Sanitation, dispensaries and jails vaccination Rajputana 1922-1927 - 1922-1927
Year: 1922
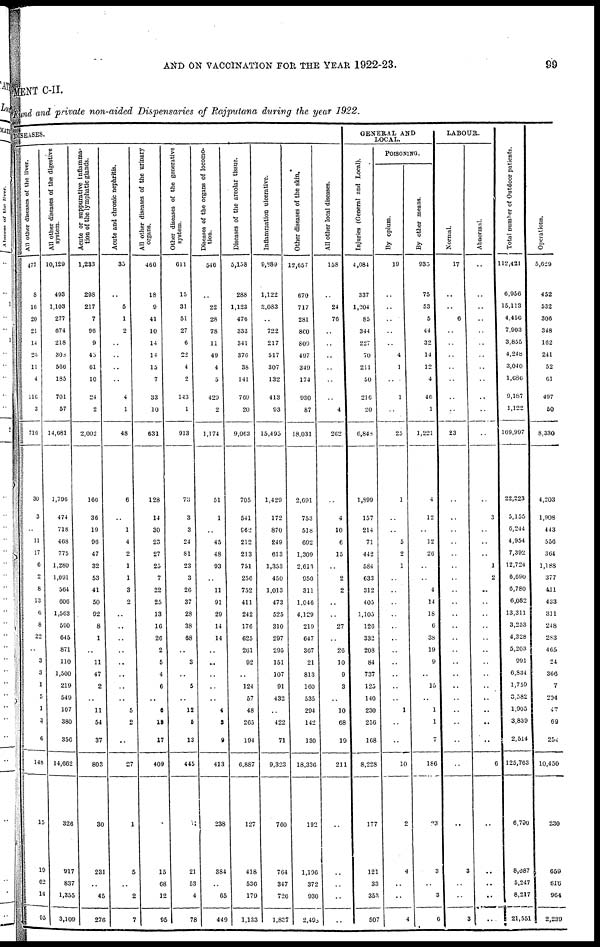
AND ON VACCINATION FOR THE YEAR 1922-23.
99
MENT C-II.
Fund and private non-aided Dispensaries of Rajputana during the year 1922.
DISEASES.
All other diseases of the liver.
477
8
16
20
21
14
26
11
4
116
3
716
30
3
..
11
17
6
2
6
13
6
8
22
..
3
3
1
5
1
3
6
148
15
19
62
14
95
All other diseases of the digestive
system.
10,129
493
1,103
277
674
218
308
566
185
701
57
14,681
1,796
474
718
468
775
1,280
1,091
504
606
1,563
590
645
871
110
1,500
219
549
107
380
356
14,662
326
917
837
1,355
3,109
Acute or suppurative Inflamma-
tion of the lymphatic glands.
1,233
298
217
7
96
9
45
61
10
24
2
2,002
166
36
19
96
47
32
53
41
50
92
8
1
..
11
47
2
..
11
54
37
803
30
231
..
45
276
Acute and chronic nephritis.
35
..
5
1
2
..
..
..
..
4
1
48
6
..
1
4
2
1
1
3
2
..
..
..
..
..
..
..
..
5
2
..
27
1
5
..
2
7
All other diseases of the urinary
organs.
460
18
9
41
10
14
14
15
7
33
10
631
128
14
30
23
27
25
7
22
25
13
16
26
2
5
4
6
..
6
18
17
409
1
15
68
12
95
Other diseases of the generative
system.
611
15
31
51
27
6
22
4
2
143
1
913
73
3
3
24
81
23
3
26
37
28
38
68
..
3
..
5
..
12
5
13
445
71
21
53
4
78
Diseases of the organs of locomo-
tion.
546
..
22
28
78
11
49
4
5
429
2
1,174
51
1
..
45
48
93
..
11
91
29
14
14
..
..
..
..
..
4
3
9
413
238
384
..
65
449
Diseases of the areolar tissue.
5,158
288
1,123
476
333
341
376
38
141
769
20
9,063
705
541
962
212
213
751
256
752
411
242
176
625
261
92
..
124
57
48
265
194
6,887
127
418
536
179
1,133
Inflammation ulcerative.
9,889
1,122
2,083
..
722
217
517
307
132
413
93
15,495
1,429
172
870
249
613
1,353
450
1,013
473
525
310
297
295
151
107
91
432
..
422
71
9,323
760
764
347
726
1,837
Other diseases of the skin.
12,657
670
717
281
860
809
497
349
174
930
87
18,031
2,691
753
518
692
1,309
2,613
950
311
1,046
4,129
219
647
367
21
813
160
535
294
142
130
18,336
192
1,196
372
930
2,495
All other local diseases.
158
..
24
76
..
..
..
..
..
..
4
262
..
4
10
6
15
..
2
2
..
..
27
..
26
10
9
3
..
10
68
19
211
..
..
..
..
..
GENERAL AND
LOCAL.
Injuries (General and Local).
4,084
337
1,204
85
344
227
70
211
50
216
20
6,848
1,899
157
214
71
442
584
633
312
405
1,105
126
332
208
84
737
125
140
230
256
168
8,228
177
121
33
353
507
POISONING.
By opium.
19
..
..
..
..
..
4
1
..
1
..
25
1
..
..
5
2
1
..
..
..
..
..
..
..
..
..
..
..
1
..
..
10
2
4
..
..
4
By other means.
935
75
53
5
44
32
14
12
4
46
1
1,221
4
12
..
12
26
..
..
4
14
18
6
38
19
9
..
15
..
1
1
7
186
23
3
..
3
6
LABOUR.
Normal.
17
..
..
6
..
..
..
..
..
..
..
23
..
..
..
..
..
..
..
..
..
..
..
..
..
..
..
..
..
..
..
..
..
..
3
..
..
3
Abnormal.
..
..
..
..
..
..
..
..
..
..
..
..
..
3
..
..
..
1
2
..
..
..
..
..
..
..
..
..
..
..
..
..
6
..
..
..
..
..
Total number of Outdoor patients.
112,421
6,956
15,113
4,456
7,903
3,855
4,248
3,040
1,686
9,187
1,122
109,997
22,223
5,155
6,244
4,954
7,392
12,724
6,690
6,780
6,082
13,311
3,253
4,328
5,203
991
6,834
1,759
3,582
1,905
3,839
2,514
125,763
6,790
8,087
5,247
8,217
21,551
Operations.
5,629
452
532
306
348
162
241
52
61
497
50
8,330
4,203
1,908
443
556
364
1,188
377
411
433
311
248
283
465
24
366
7
294
47
69
254
10,450
230
659
616
964
2,239